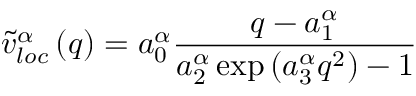
\tilde { v } _ { l o c } ^ { \alpha } \left( q \right) = a _ { 0 } ^ { \alpha } \frac { q - a _ { 1 } ^ { \alpha } } { a _ { 2 } ^ { \alpha } \exp \left( a _ { 3 } ^ { \alpha } q ^ { 2 } \right) - 1 }